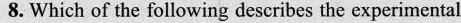
8. Which of the following describes the experimental